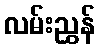
လမ်းညွှန်